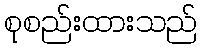
စုစည်းထားသည်